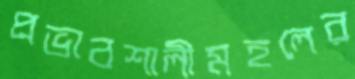
প্রভাবশালীমহলের